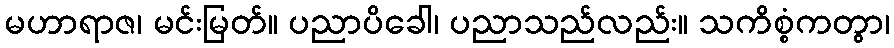
မဟာရာဇ၊ မင်းမြတ်။ ပညာပိခေါ၊ ပညာသည်လည်း။ သကိစ္စံကတွာ၊